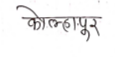
मजकूर: कोल्हापूर